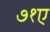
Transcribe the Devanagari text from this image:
७१ए